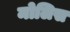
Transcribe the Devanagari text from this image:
मोलिस